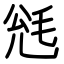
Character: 毤